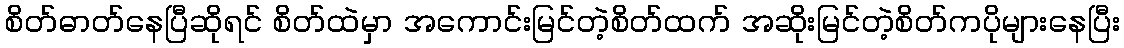
စိတ်ဓာတ်နေပြီဆိုရင် စိတ်ထဲမှာ အကောင်းမြင်တဲ့စိတ်ထက် အဆိုးမြင်တဲ့စိတ်ကပိုများနေပြီး